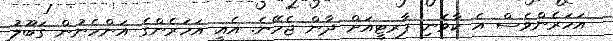
އަހަރެންވެސް އެ ކާވެނި ޕާރޓީއަށް ދާން ޖެހޭނެ. އެއީ އަހަރެންގެ އަންހެނުން ގަބޫލު